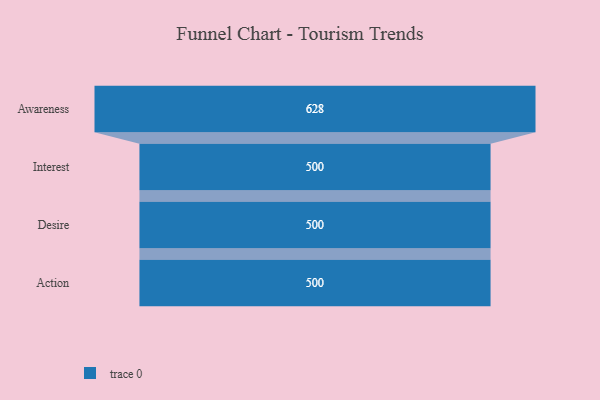
{"axis": {"x": "Stage", "y": "Value"}, "legend": [""], "data": [{"x": "Awareness", "y": 628.0, "type": ""}, {"x": "Interest", "y": 500, "type": ""}, {"x": "Desire", "y": 500, "type": ""}, {"x": "Action", "y": 500, "type": ""}]}